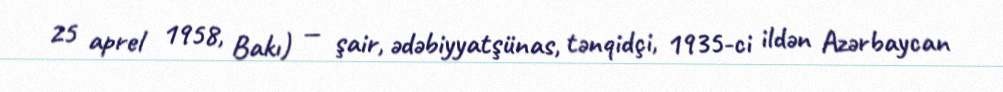
25 aprel 1958, Bakı) — şair, ədəbiyyatşünas, tənqidçi, 1935-ci ildən Azərbaycan